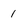
Character: 1